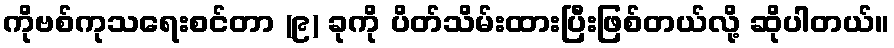
ကိုဗစ်ကုသရေးစင်တာ (၉) ခုကို ပိတ်သိမ်းထားပြီးဖြစ်တယ်လို့ ဆိုပါတယ်။